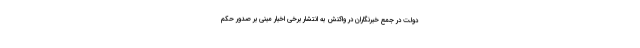
دولت در جمع خبرنگاران در واکنش به انتشار برخی اخبار مبنی بر صدور حکم